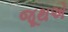
જૂથએ